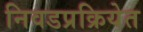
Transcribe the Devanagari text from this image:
निवडप्रक्रियेत